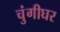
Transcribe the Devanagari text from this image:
चुंगीघर